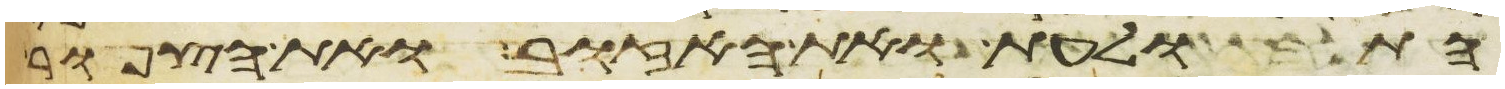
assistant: התולעת ואת האזוב ואת הצפור